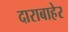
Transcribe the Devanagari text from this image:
दाराबाहेर